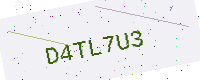
Text: D4TL7U3